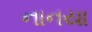
નાનયા